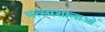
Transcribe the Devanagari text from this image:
मत्स्यशालाओं